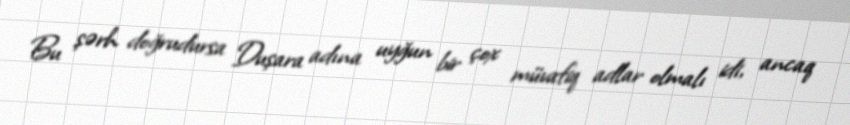
Bu şərh doğrudursa Duşara adına uyğun bir çox müvafiq adlar olmalı idi, ancaq